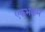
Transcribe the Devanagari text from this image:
एकभक्कम